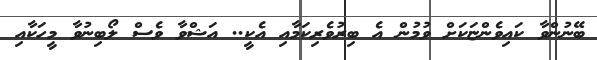
ބޭނުންވާ ކައިވެންޏަކަށް ވުމުން އެ ބިރުވެރިކަމާއި އެކީ.. އަޝްވާ ވެސް ލޯބިނުވާ މީހަކާއި